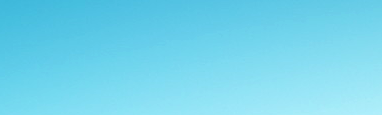
ممنوع الوقوف